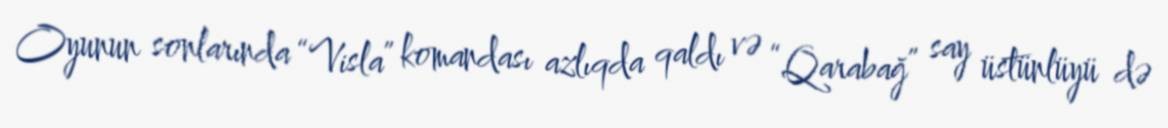
Oyunun sonlarında “Visla” komandası azlıqda qaldı və “Qarabağ” say üstünlüyü də